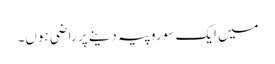
میں ایک سو روپیہ دینے پر راضی ہوں۔